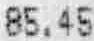
85.45